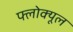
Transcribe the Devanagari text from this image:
फ्लोक्यूल